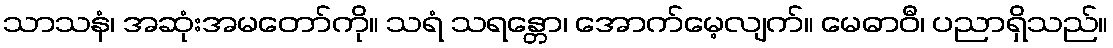
သာသနံ၊ အဆုံးအမတော်ကို။ သရံ သရန္တော၊ အောက်မေ့လျက်။ မေဓာဝီ၊ ပညာရှိသည်။